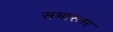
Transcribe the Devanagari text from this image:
सभास्तर